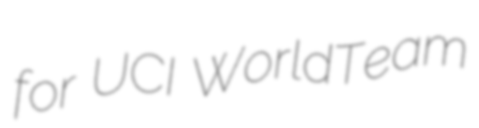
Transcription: for UCI WorldTeam